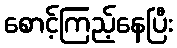
စောင့်ကြည့်နေပြီး